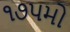
૧૭૫મો